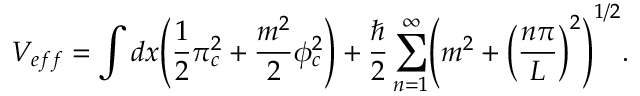
V _ { e f f } = \int d x \Biggl ( \frac { 1 } { 2 } \pi _ { c } ^ { 2 } + \frac { m ^ { 2 } } { 2 } \phi _ { c } ^ { 2 } \Biggr ) + \frac { \hbar } { 2 } \sum _ { n = 1 } ^ { \infty } \Biggl ( m ^ { 2 } + \Bigl ( \frac { n \pi } { L } \Bigr ) ^ { 2 } \Biggr ) ^ { 1 / 2 } .